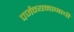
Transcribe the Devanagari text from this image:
पर्जन्यमानाची